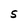
Character: S